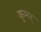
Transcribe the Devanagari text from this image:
कुमर्